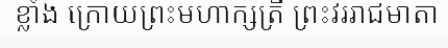
ខ្លាំង ក្រោយព្រះមហាក្សត្រី ព្រះវររាជមាតា